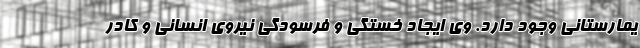
یمارستانی وجود دارد. وی ایجاد خستگی و فرسودگی نیروی انسانی و کادر